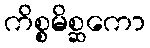
ကိစ္စမိစ္ဆကော